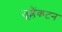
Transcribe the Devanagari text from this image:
जूप्लैंकटन